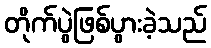
တိုက်ပွဲဖြစ်ပွားခဲ့သည်